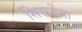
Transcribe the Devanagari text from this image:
सिसनेमा